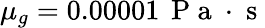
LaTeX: \mu_{g}=0.00001\, \mathrm{~P~a~}\cdot\mathrm{~s~}